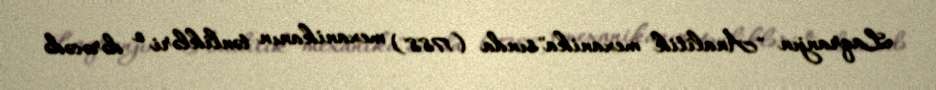
Laqranjın "Analitik mexanika"sında (1788) mexanikanın tənlikləri o dərəcədə